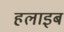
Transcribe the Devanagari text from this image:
हलाइब